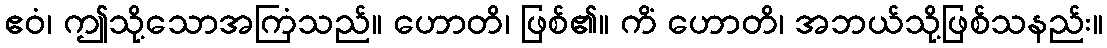
ဧဝံ၊ ဤသို့သောအကြံသည်။ ဟောတိ၊ ဖြစ်၏။ ကိံ ဟောတိ၊ အဘယ်သို့ဖြစ်သနည်း။